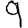
Digit: 9